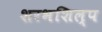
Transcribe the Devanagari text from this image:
शरभशिल्प